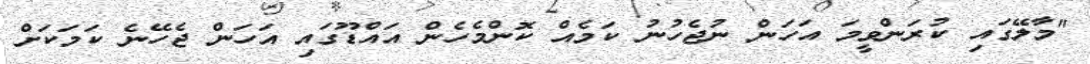
"މާލޭގައި ކުރަންވީމަ އަހަން ނުޖެހުނު ކަމެއް ކޮންމެހެން އައްޑޫގައި އަހަން ޖެހޭނެ ކަމަކަށް